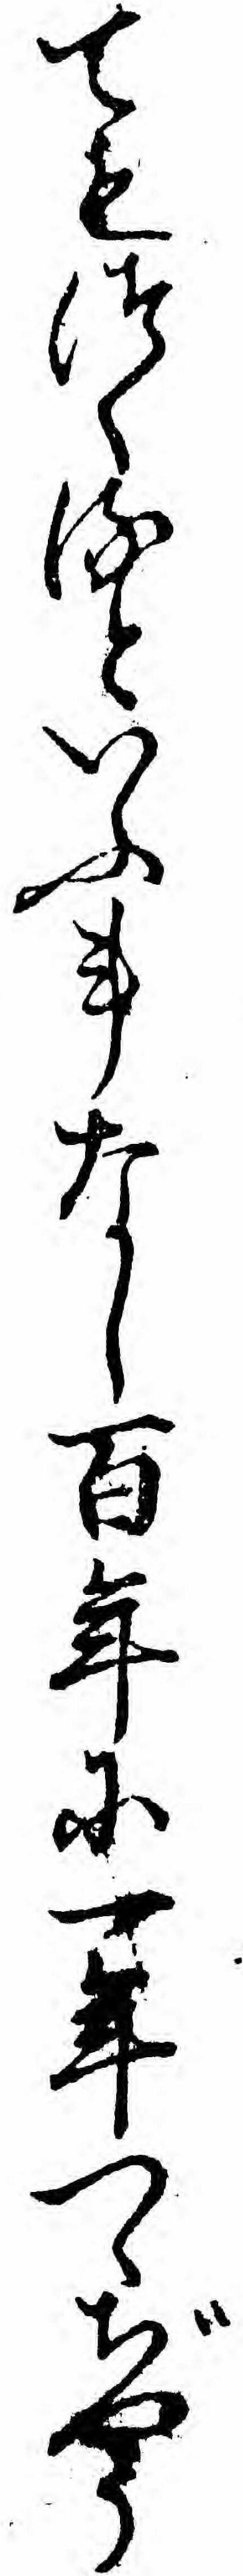
てもつくるといふ事なし百年に一年つゝぢやう